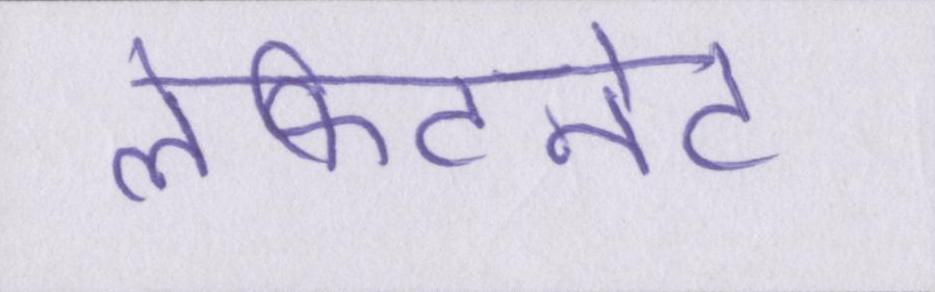
लेफ्टिनेंट